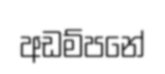
අඩම්පනේ